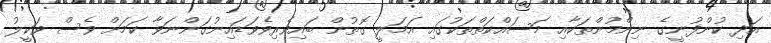
އަދި ކުންފުނީގެ ނިންމުންތަކާއި މަސައްކަތްތަކުގައި އަމަލީ ގޮތުން ބައިވެރިވެވަޑައިނުގަންނަވާ ކަމަށް ވެސް ވަކީލު